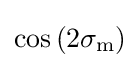
\cos \left(2\sigma _{\text{m}}\right)